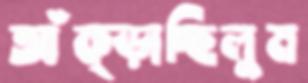
আঁক্‌ড়াচ্ছিলুম